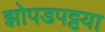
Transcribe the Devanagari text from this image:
झोपडपट्टया